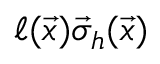
\ell ( \vec { x } ) \vec { \sigma } _ { h } ( \vec { x } )